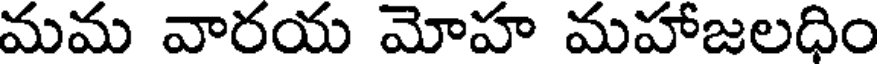
మమ వారయ మోహ మహాజలధిం